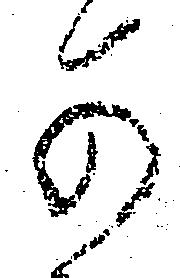
可